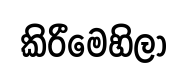
කිරීමෙහිලා